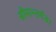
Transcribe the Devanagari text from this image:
सीमान्तर्गत।